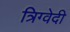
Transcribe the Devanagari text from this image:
त्रिग्वेदी